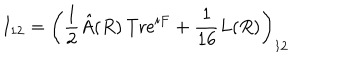
I _ { 1 2 } = \left( { \frac { 1 } { 2 } } \hat { A } ( R ) \, \mathrm { T r } e ^ { i F } + { \frac { 1 } { 1 6 } } L ( R ) \right) _ { 1 2 }